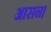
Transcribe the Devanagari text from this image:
आसन।